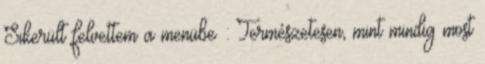
Sikerült felvettem a menübe : Természetesen, mint mindig most